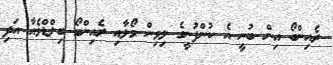
ރެއިންބޯ އިން ބުނީ އެ ކުންފުނީގެ ލިވިން މޯލާއި ރެއިންބޯ ބިލްޑްވެއާ އަދި